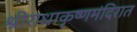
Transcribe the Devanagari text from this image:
श्रीराधाकृष्णमंदिरात